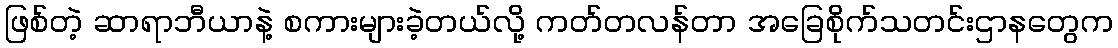
ဖြစ်တဲ့ ဆာရာဘီယာနဲ့ စကားများခဲ့တယ်လို့ ကတ်တလန်တာ အခြေစိုက်သတင်းဌာနတွေက